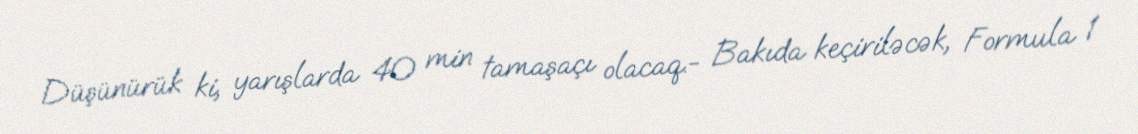
Düşünürük ki, yarışlarda 40 min tamaşaçı olacaq.- Bakıda keçiriləcək, Formula 1